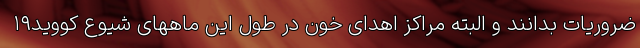
ضروریات بدانند و البته مراکز اهدای خون در طول این ماههای شیوع کووید۱۹